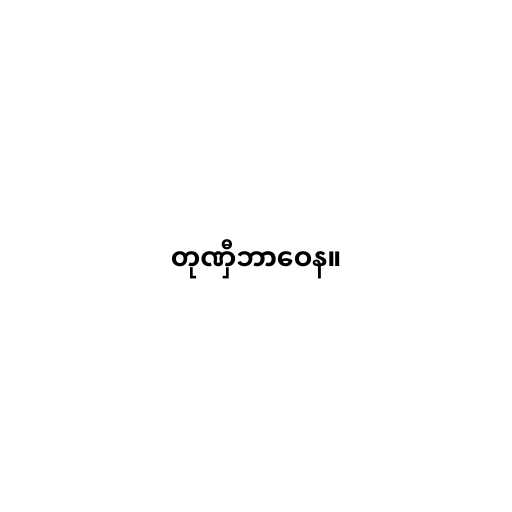
တုဏှီဘာဝေန။